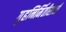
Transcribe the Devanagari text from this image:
गृहनिर्मितीसाठी